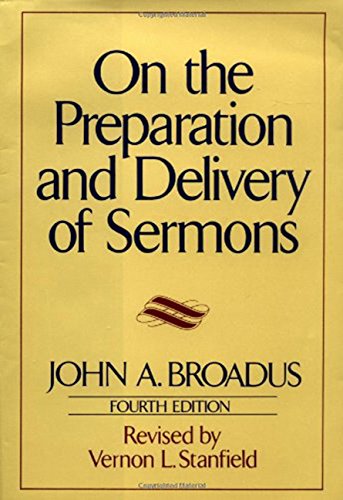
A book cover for On the Preparation and Delivery of Sermons: Fourth Edition; John A. Broadus; Christian Books & Bibles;